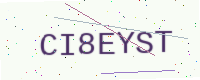
Text: CI8EYST